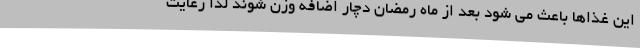
این غذاها باعث می شود بعد از ماه رمضان دچار اضافه وزن شوند لذا رعایت